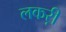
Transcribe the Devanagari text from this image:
लकऱी